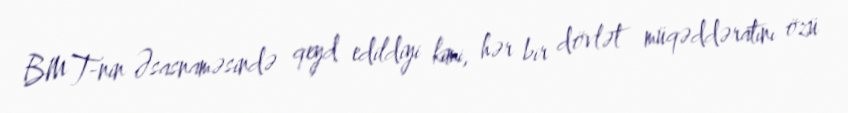
BMT-nin Əsasnaməsində qeyd edildiyi kimi, hər bir dövlət müqəddəratını özü